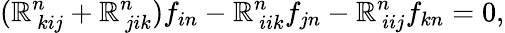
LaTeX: (\mathbb{R}_{~kij}^{n}+\mathbb{R}_{~jik}^{n})f_{in}-\mathbb{R}_{~iik}^{n}f_{jn}-\mathbb{R}_{~iij}^{n}f_{kn}=0,